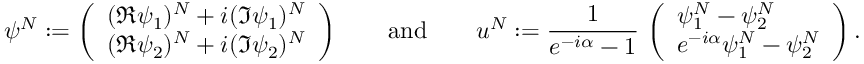
\psi ^ { N } : = \left( \begin{array} { l } { ( \Re \psi _ { 1 } ) ^ { N } + i ( \Im \psi _ { 1 } ) ^ { N } } \\ { ( \Re \psi _ { 2 } ) ^ { N } + i ( \Im \psi _ { 2 } ) ^ { N } } \end{array} \right) \qquad \mathrm { a n d } \qquad u ^ { N } : = \frac { 1 } { e ^ { - i \alpha } - 1 } \, \left( \begin{array} { l } { \psi _ { 1 } ^ { N } - \psi _ { 2 } ^ { N } } \\ { e ^ { - i \alpha } \psi _ { 1 } ^ { N } - \psi _ { 2 } ^ { N } } \end{array} \right) .